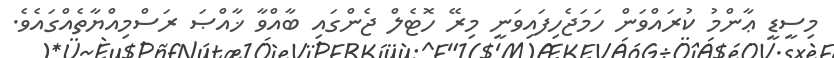
މިސީޑީ ޢާންމު ކުރައްވަން ހަމަޖެހިފައިވަނީ މިރޭ ހޮޓެލް ޖެންގައި ބާއްވާ ޚާއްޞަ ރަސްމިއްޔާތެއްގައެވެ.